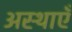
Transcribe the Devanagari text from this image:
अस्थाएँ